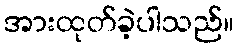
အားထုတ်ခဲ့ပါသည်။